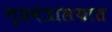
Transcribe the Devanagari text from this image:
गृहमंत्रालयात